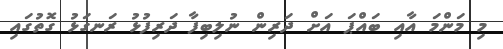
މި މަންމަ އާއި ބައްޕަ އަށް ދަރިން ނުލިބިފާ ދަރިފުޅު ރަނގަޅު ގޮތުގައި